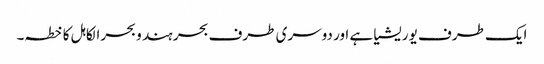
ایک طرف یوریشیا ہے اور دوسری طرف بحر ہند و بحرالکاہل کا خطہ۔